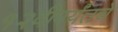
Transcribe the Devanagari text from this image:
१२वीपर्यंतचे